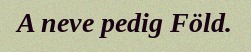
A neve pedig Föld.